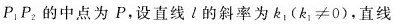
P_{1}P_{2}的中点为P，设直线l的斜率为k_{1}($$k _ { 1 } ≠ 0$$)，直线